Report on sanitation, dispensaries, and jails in Rajputana for 1909, and on vaccination for the year 1909-1910 - 1909-1910
Year: 1909
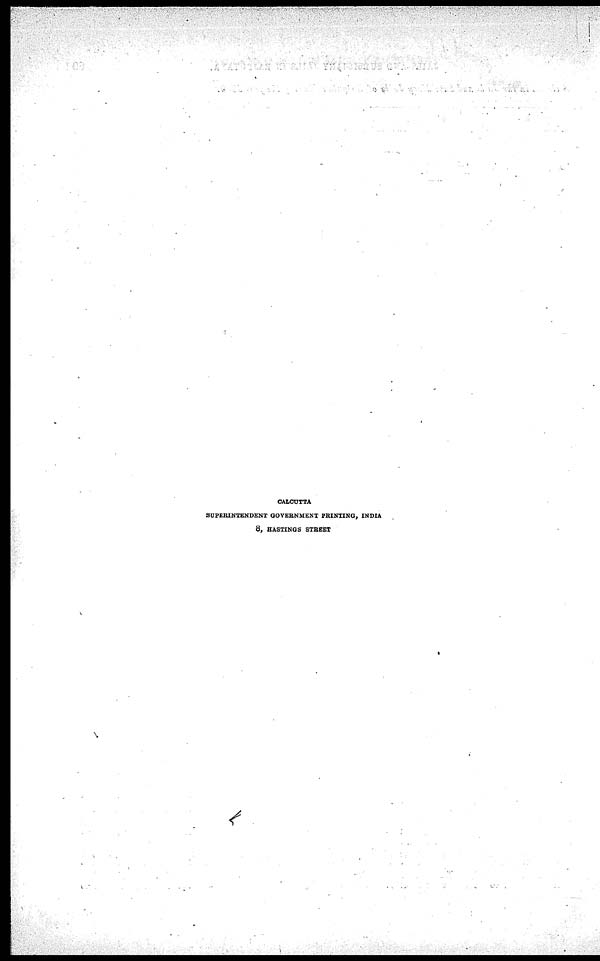
CALCUTTA
SUPERINTENDENT GOVERNMENT PRINTING, INDIA
8, HASTINGS STREET